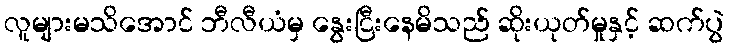
လူများမသိအောင် ဘီလီယံမှ နွေးငြီးနေမိသည် ဆိုးယုတ်မှုနှင့် ဆက်ပွဲ